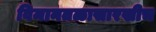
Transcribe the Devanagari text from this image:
विमानतळासारखीच